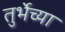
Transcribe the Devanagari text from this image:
तुर्भेच्या